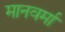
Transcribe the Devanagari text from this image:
मानवर्मा